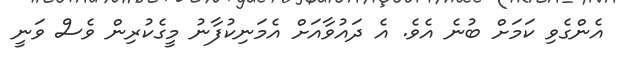
އެންގެވި ކަމަށް ބުނެ އެވެ. އެ ދައުވާއަށް އެމަނިކުފާނު މީގެކުރިން ވެސް ވަނީ